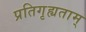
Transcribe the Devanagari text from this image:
प्रतिगृह्यताम्